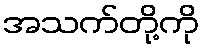
အသက်တို့ကို